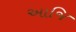
આજિ